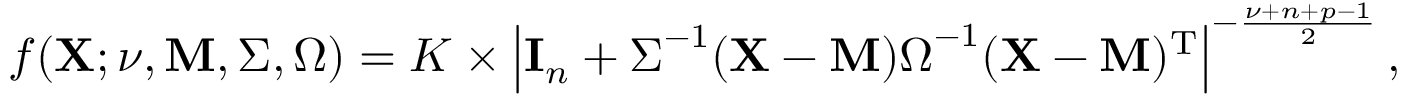
f ( \mathbf { X } ; \nu , \mathbf { M } , { \boldsymbol { \Sigma } } , { \boldsymbol { \Omega } } ) = K \times \left| \mathbf { I } _ { n } + { \boldsymbol { \Sigma } } ^ { - 1 } ( \mathbf { X } - \mathbf { M } ) { \boldsymbol { \Omega } } ^ { - 1 } ( \mathbf { X } - \mathbf { M } ) ^ { \mathrm { { T } } } \right| ^ { - { \frac { \nu + n + p - 1 } { 2 } } } ,